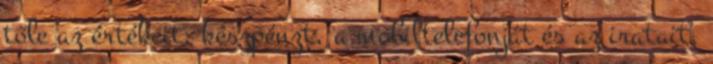
tőle az értékeit: készpénzt, a mobiltelefonját és az iratait.